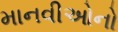
માનવીઓનો